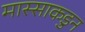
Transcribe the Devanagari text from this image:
मास्साकडुन